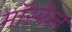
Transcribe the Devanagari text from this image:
मॉस्केल